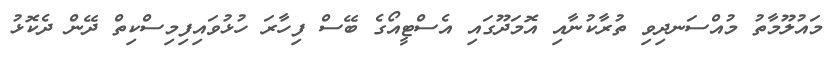
މައުލޫމާތު މުއްސަނދިވި ތުރާކުނާއި އޮމަދޫގައި އެސްޓީއޯގެ ބޭސް ފިހާރަ ހުޅުވައިފިމިސްކިތް ދޭން ދެކޮޅު